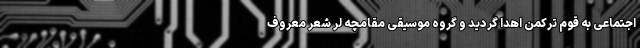
اجتماعی به قوم ترکمن اهدا گردید و گروه موسیقی مقامچه لَر شعر معروف